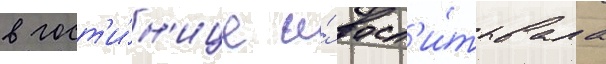
в гост'и́н'ице и́ восп'и́тывала